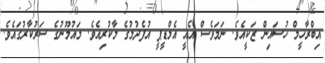
އިބްރާހީމް ހުސައިން ޒަކީއެވެ. ނަމަވެސް އެއީ އެމްޑީޕީ އުފެދުމުގެ މާކުރިއެވެ. މައުމޫނުގެ ސަރުކާރުގައެވެ.